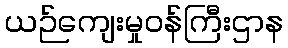
ယဉ်ကျေးမှုဝန်ကြီးဌာန